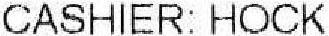
CASHIER: HOCK